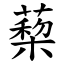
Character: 蔾